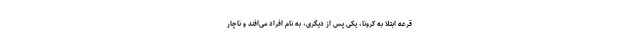
قرعه ابتلا به کرونا، یکی پس از دیگری، به نام افراد می‌افند و ناچار